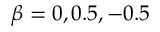
\beta = 0 , 0 . 5 , - 0 . 5